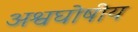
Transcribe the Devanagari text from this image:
अश्वघोषीय